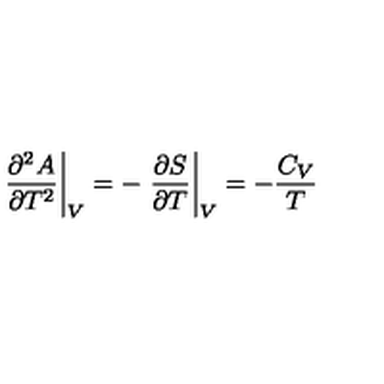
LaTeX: \left. \frac { \partial ^ { 2 } A } { \partial T ^ { 2 } } \right| _ { V } = - \left. \frac { \partial S } { \partial T } \right| _ { V } = - \frac { C _ { V } } { T }